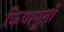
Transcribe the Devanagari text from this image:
क्रियामूलों